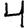
Digit: 4